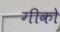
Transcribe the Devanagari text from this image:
गीको